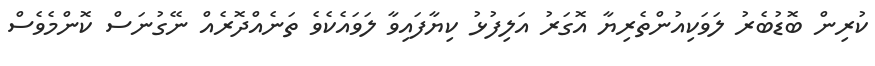
ކުރިން ބޮޑުބެރު ލަވަކިއުންތެރިޔާ އޮގަރު އަލިފުޅު ކިޔާފައިވާ ލަވައެކެވެ ތަނެއްދޮރެއް ނޭގުނަސް ކޮންމެވެސް